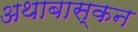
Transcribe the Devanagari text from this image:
अथाबास्कन